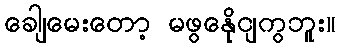
ခေါျမေးတော့ မဖွနေိုငျကွဘူး။